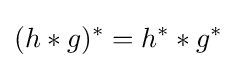
(h*g)^{*}=h^{*}*g^{*}